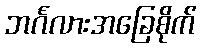
ဘင်္ဂလားအခြေစိုက်